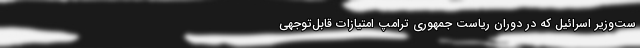
ست‌وزیر اسرائیل که در دوران ریاست جمهوری ترامپ امتیازات قابل‌توجهی